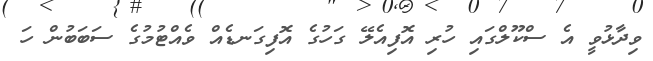
ވިދާޅުވީ އެ ސްކޫލްގައި ހުރި އޮފިއެލޭ ގަހުގެ އޮފިގަނޑެއް ވެއްޓުމުގެ ސަބަބުން ހަ